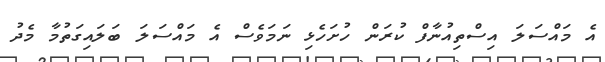
އެ މައްސަލަ އިސްތިއުނާފް ކުރަން ހުށަހެޅި ނަމަވެސް އެ މައްސަލަ ބަލައިގަތުމާ މެދު